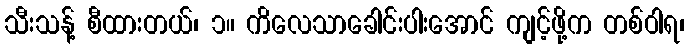
သီးသန့် စီထားတယ်၊ ၁။ ကိလေသာခေါင်းပါးအောင် ကျင့်ဖို့က တစ်ဝါရ၊